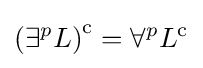
\left(\exists ^{p}L\right)^{\rm {c}}=\forall ^{p}L^{\rm {c}}